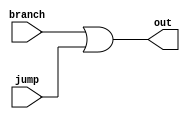
//Modulo de Controle de fluxo:
//Entradas: 	
//		branch: sinal de controle de branch
//		jump: sinal de controle de jump
//Saidas:	
//		out: saida
module nR_FluxCtrl(branch,jump,out);
	input branch,jump;
	output out;
	assign out = branch | jump;
endmodule


//Modulo de NOT:
//Entradas: 	
//		in: entrada
//Saidas:	
//		out: saida
module nR_NOT(in,out);
	input in;
	output out;
	assign out = ~in;
endmodule


//Modulo de AND2:
//Entradas: 	
//		in0: entrada 0
//		in1: entrada 1
//Saidas:	
//		out: saida
module nR_AND2(in0,in1,out);
	input in0,in1;
	output out;
	assign out = in0&in1;
endmodule

//Modulo de AND4:
//Entradas: 	
//		in0: entrada 0
//		in1: entrada 1
//		in2: entrada 2
//		in3: entrada 3
//Saidas:	
//		out: saida
module nR_AND4(in0,in1,in2,in3,out);
	input in0,in1,in2,in3;
	output out;
	assign out = in0&in1&in2&in3;
endmodule

//Modulo de OR4:
//Entradas: 	
//		in0: entrada 0
//		in1: entrada 1
//		in2: entrada 2
//		in3: entrada 3
//Saidas:	
//		out: saida
module nR_OR4(in0,in1,in2,in3,out);
	input in0,in1,in2,in3;
	output out;
	assign out = in0|in1|in2|in3;
endmodule